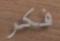
فكر